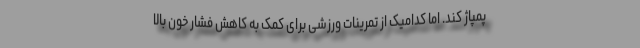
پمپاژ کند. اما کدامیک از تمرینات ورزشی برای کمک به کاهش فشار خون بالا